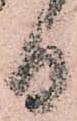
日